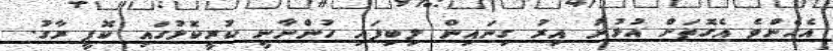
އެހެންވެ އެގޮތަށް އުޅުނު އިރު ގިނައިން ލިބިފައި ހުންނާނީ ކުރީކޮޅުގައި ކޮޕީ ރާގު.